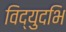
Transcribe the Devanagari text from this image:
विद्युदभि